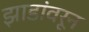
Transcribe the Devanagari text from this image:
झाडांवरून